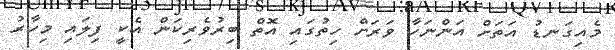
މެއިގަނޑު އަތަށް އަންނަހާ ވަރަށް ހިތުގައި އޮތް ބިރުވެރިކަން އެކީ ފިލައި މިހާރު